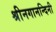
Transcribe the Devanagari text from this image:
श्रीनगानन्दिनी